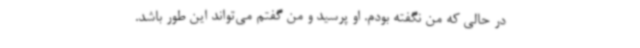
در حالی‌ که من نگفته بودم. او پرسید و من گفتم می‌تواند این‌ طور باشد.